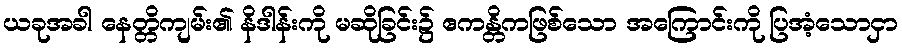
ယခုအခါ နေတ္တိကျမ်း၏ နိဒါန်းကို မဆိုခြင်း၌ ဧကန္တိကဖြစ်သော အကြောင်းကို ပြအံ့သောငှာ